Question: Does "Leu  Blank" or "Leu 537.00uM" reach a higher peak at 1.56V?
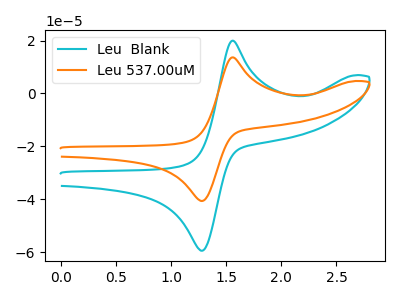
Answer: <think>The cyan curve "Leu  Blank" has an anodic peak at (1.55V, 19.95uA) and a cathodic peak at (1.25V, -59.40uA). The orange curve "Leu 537.00uM" has an anodic peak at (1.55V, 13.65uA) and a cathodic peak at (1.25V, -40.60uA).</think>
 <answer>The peak at 1.56V is higher in "Leu  Blank" than in "Leu 537.00uM".</answer>
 <eval>higher</eval>